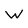
Character: W